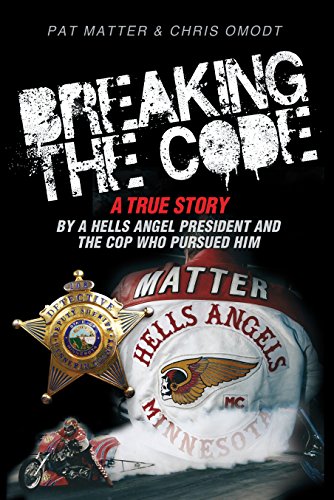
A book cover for Breaking the Code: A True Story by a Hells Angel President and the Cop Who Pursued Him; Pat Matter; Biographies & Memoirs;